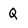
Character: Q